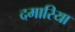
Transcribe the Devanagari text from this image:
दमारिया